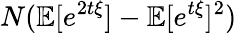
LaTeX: N(\mathbb{E}[e^{2t\xi}]-\mathbb{E}[e^{t\xi}]^{2})